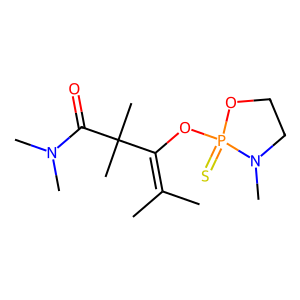
SMILES: CC(C)=C(OP1(=S)OCCN1C)C(C)(C)C(=O)N(C)C
Inhibits HIV replication: No